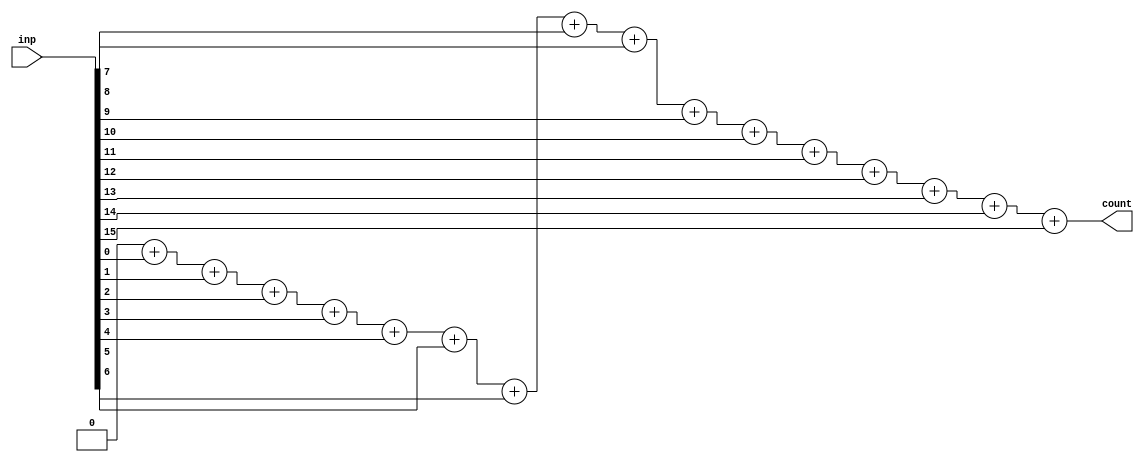
`timescale 1ns / 1ps
//////////////////////////////////////////////////////////////////////////////////
// Company: 
// Engineer: 
// 
// Design Name: 
// Module Name: numberOfOnes
// Project Name: 
// Target Devices: 
// Tool Versions: 
// Description: 
// 
// Dependencies: 
// 
// Revision:
// Revision 0.01 - File Created
// Additional Comments:
// 
//////////////////////////////////////////////////////////////////////////////////
module numberOfOnes(input [15:0] inp, output reg [4:0] count);
    integer i;
    always @* begin
        count = 4'b0;
        for (i = 0; i < 16; i = i+1) begin
            count = count + inp[i];
        end
    end
endmodule